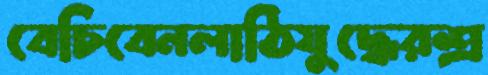
বেচিবেনলাঠিযুদ্ধেরশ্র